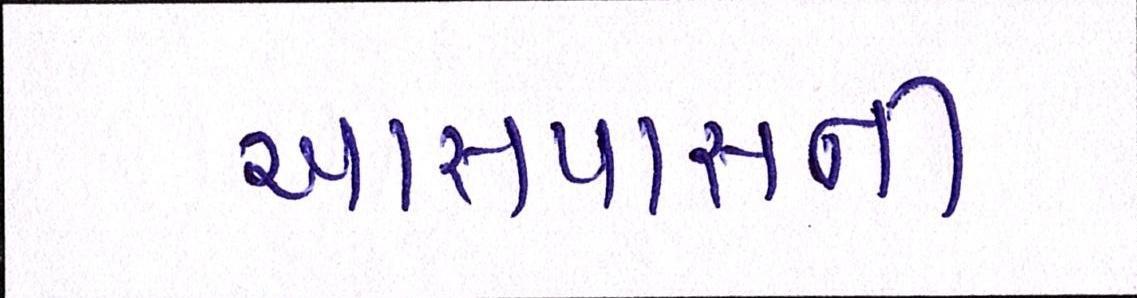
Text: આસપાસની